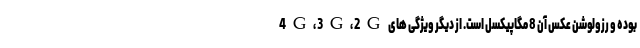
4G، 3G، 2G بوده و رزولوشن عکس آن 8 مگاپیکسل است. از دیگر ویژگی های